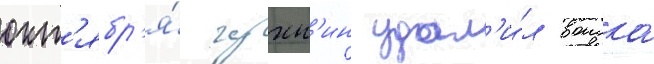
окт'ябр'я́ чухн'ин удал'и́л воиска